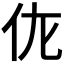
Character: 𬽩